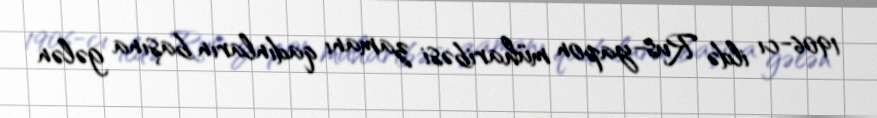
1906-cı ildə Rus-yapon müharibəsi zamanı qadınların başına gələn